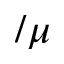
/ \mu